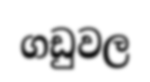
ගඩුවල